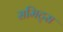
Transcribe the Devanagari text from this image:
समिट्स